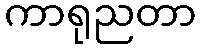
ကာရုညတာ